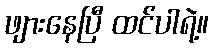
ဖျားနေပြီ ထင်ပါရဲ့။